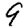
Digit: 9